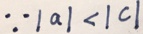
\because \vert a \vert < \vert c \vert